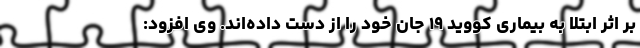
بر اثر ابتلا به بیماری کووید ۱۹ جان خود را از دست داده‌اند. وی افزود: